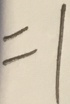
= 1